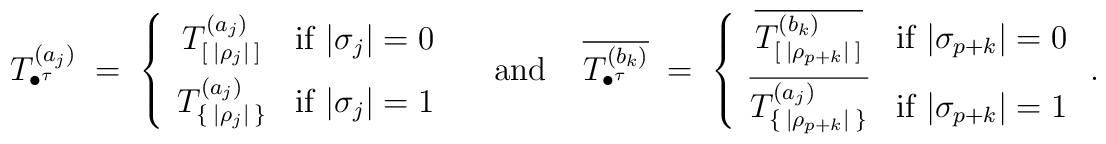
T^{(a_j)}_{\bullet^\tau} \;=\; \left\{ \begin{array}{cc}T^{(a_j)}_{ [ \:|\rho_j|\: ]} & {\mbox{if $|\sigma_j|=0$}} \\[.5em]T^{(a_j)}_{ \{ \:|\rho_j|\: \}} & {\mbox{if $|\sigma_j|=1$}}\end{array} \right. \;\;\;\;{\mbox{and}}\;\;\;\;\overline{T^{(b_k)}_{\bullet^\tau}} \;=\; \left\{ \begin{array}{cc}\overline{T^{(b_k)}_{ [ \:|\rho_{p+k}|\: ]}} & {\mbox{if $|\sigma_{p+k}|=0$}} \\[.5em]\overline{T^{(a_j)}_{ \{ \:|\rho_{p+k}|\: \}}} & {\mbox{if $|\sigma_{p+k}|=1$}}\end{array} \right. .